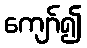
ကျော်၍